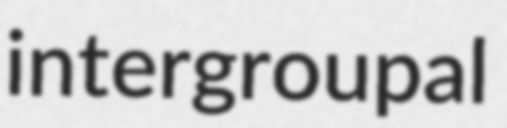
intergroupal